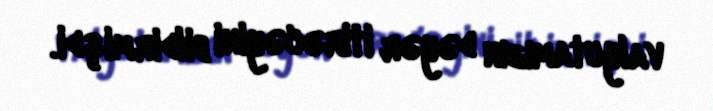
valyutamızın dəyər itirəcəyini bildirmişdi.